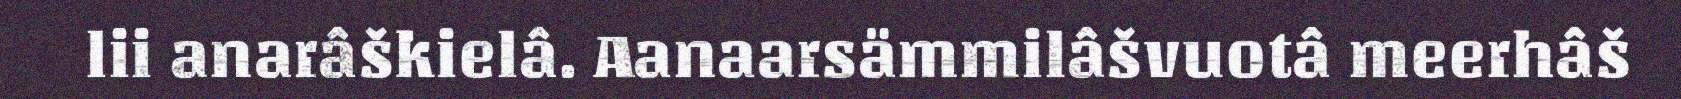
lii anarâškielâ. Aanaarsämmilâšvuotâ meerhâš